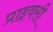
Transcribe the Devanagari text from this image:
प्राइवसी